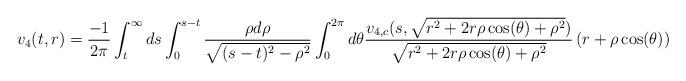
LaTeX: \begin{align*} v_{4}(t,r) = \frac{-1}{2\pi} \int_{t}^{\infty} ds \int_{0}^{s-t} \frac{\rho d\rho}{\sqrt{(s-t)^{2}-\rho^{2}}} \int_{0}^{2\pi} d\theta \frac{v_{4,c}(s,\sqrt{r^{2}+2 r \rho \cos(\theta) + \rho^{2}})}{\sqrt{r^{2}+2 r \rho \cos(\theta) + \rho^{2}}} \left(r+\rho \cos(\theta)\right)\end{align*}